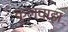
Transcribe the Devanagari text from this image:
कुलवाड़ा